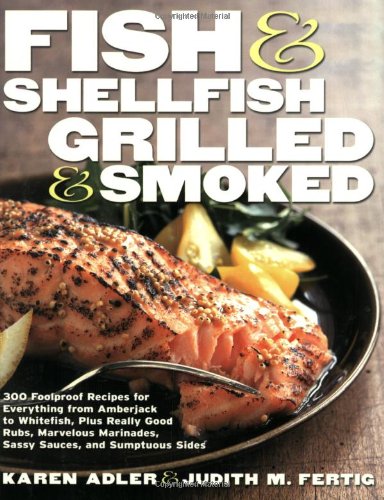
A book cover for Fish & Shellfish, Grilled & Smoked: 300 Flavor-Filled Recipes, Plus Really Good Sauces, Marinades, Rubs, and Sides (Non); Karen Adler; Cookbooks, Food & Wine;